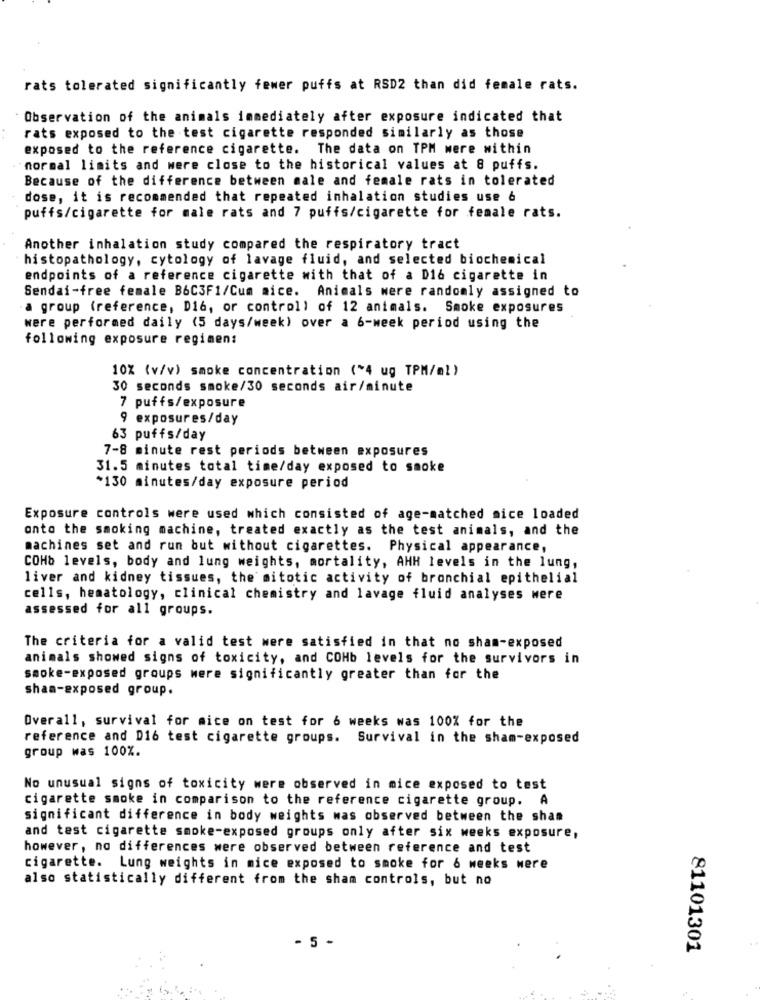
rats tolerated significantly fewer puffs at RSD2 than did female rats.
Observation of the animals immediately after exposure indicated that
rats exposed to the test cigarette responded similarly as those
exposed to the reference cigarette. The data on TPM were within
"normal limits and were close to the historical values at 8 puffs.
Because of the difference between male and female rats in tolerated
dose, it is recommended that repeated inhalation studies use &
puffs/cigarette for male rats and 7 puffs/cigarette for female rats.
Another inhalation study compared the respiratory tract
histopathology, cytology of lavage fluid, and selected biochemical
endpoints of a reference cigarette with that of a D16 cigarette in
Sendai-free female B6C3F1/Cum mice. Animals were randomly assigned to
a group (reference, D16, or controll of 12 animals. Smoke exposures
were performed daily (5 days/week) over a 6-week period using the
following exposure regimen:
10% (v/v) smoke concentration ("4 ug TPM/ml )
30 seconds smoke/30 seconds air/minute
7 puffs/exposure
9 exposures/day
63 puffs/day
7-8 minute rest periods between exposures
31.5 minutes total time/day exposed to smoke
*130 minutes/day exposure period
Exposure controls were used which consisted of age-matched sice loaded
onto the smoking machine, treated exactly as the test animals, and the
machines set and run but without cigarettes. Physical appearance,
COHb levels, body and lung weights, mortality, AHH levels in the lung,
liver and kidney tissues, the mitotic activity of bronchial epithelial
cells, hematology, clinical chemistry and lavage fluid analyses were
assessed for all groups.
The criteria for a valid test were satisfied in that no sham-exposed
animals showed signs of toxicity, and COHb levels for the survivors in
smoke-exposed groups were significantly greater than for the
shan-exposed group.
Overall, survival for mice on test for 6 weeks was 100% for the
reference and D16 test cigarette groups. Survival in the sham-exposed
group was 100%.
No unusual signs of toxicity were observed in mice exposed to test
cigarette smoke in comparison to the reference cigarette group. A
significant difference in body weights was observed between the shan
and test cigarette smoke-exposed groups only after six weeks exposure,
however, no differences were observed between reference and test
cigarette. Lung weights in mice exposed to smoke for 6 weeks were
also statistically different from the sham controls, but no
- 5 -
81101301